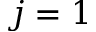
j = 1